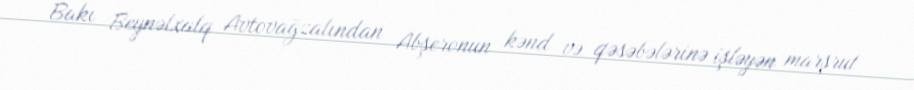
Bakı Beynəlxalq Avtovağzalından Abşeronun kənd və qəsəbələrinə işləyən marşrut